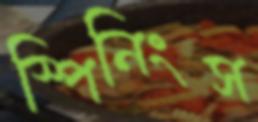
স্পিনিংস